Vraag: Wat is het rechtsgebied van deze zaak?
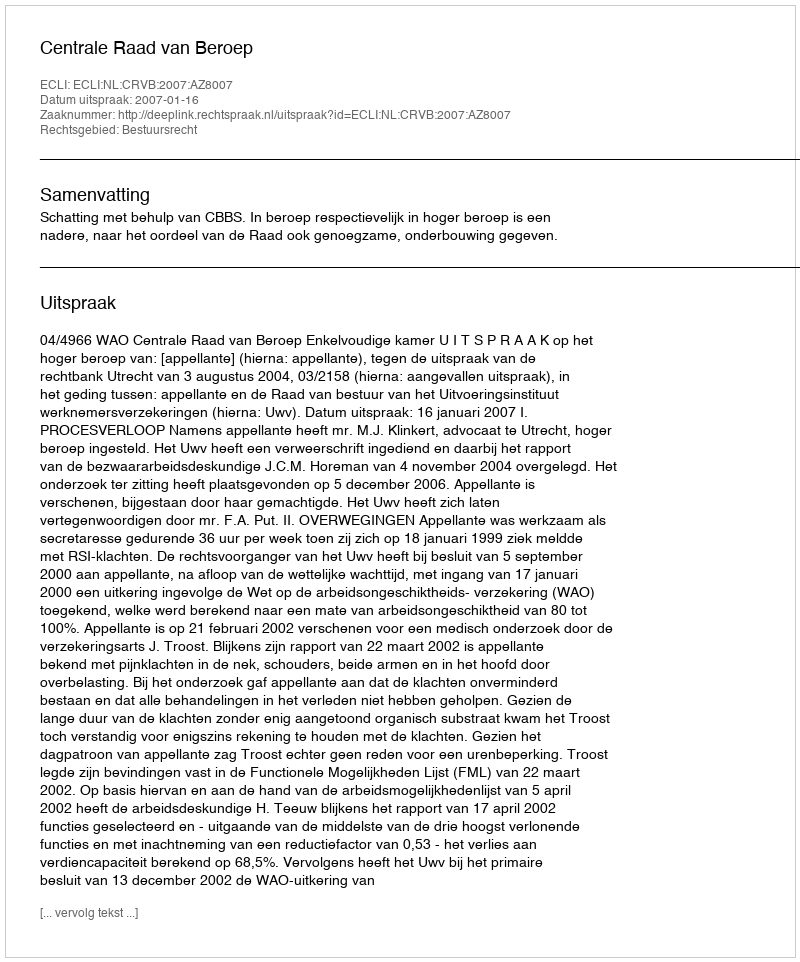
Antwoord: Bestuursrecht